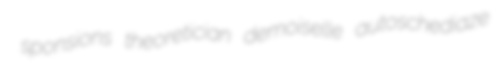
sponsions theoretician demoiselle autoschediaze